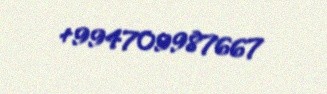
+994709987667